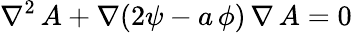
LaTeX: \nabla^{2}\, A+\nabla(2\psi-a\, \phi)\, \nabla\, A=0